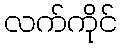
လက်ကိုင်